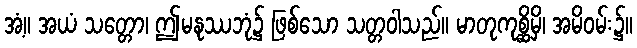
အံ့။ အယံ သတ္တော၊ ဤမနုဿဘုံ၌ ဖြစ်သော သတ္တဝါသည်။ မာတုကုစ္ဆိမှိ၊ အမိဝမ်း၌။